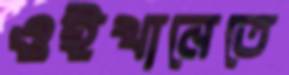
ওইখানেতে